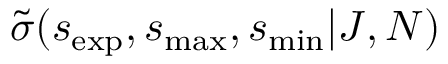
\tilde { \sigma } ( s _ { \mathrm { { e x p } } } , s _ { \operatorname* { m a x } } , s _ { \operatorname* { m i n } } | J , N )